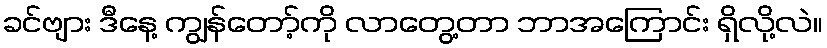
ခင်ဗျား ဒီနေ့ ကျွန်တော့်ကို လာတွေ့တာ ဘာအကြောင်း ရှိလို့လဲ။